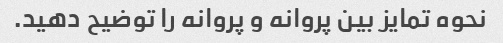
نحوه تمایز بین پروانه و پروانه را توضیح دهید.